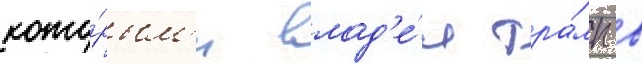
кото́рым'и влад'е́л тра́мп в